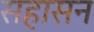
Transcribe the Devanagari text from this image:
सहासन